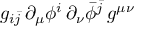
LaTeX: g _ { i \bar { j } } \, \partial _ { \mu } \phi ^ { i } \, \partial _ { \nu } \bar { \phi } ^ { \bar { j } } \, g ^ { \mu \nu } \,